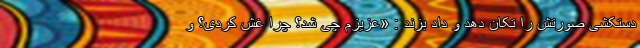
دستکشی صورتش را تکان دهد و داد بزند : «عزیزم چی شد؟ چرا غش کردی؟ و